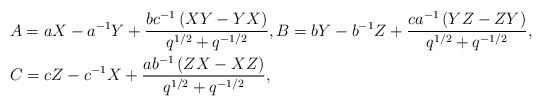
\begin{align*}\begin{aligned} &A=a X-a^{-1} Y+\frac{b c^{-1}\left(XY-YX\right)}{q^{1/2}+q^{-1/2}}, B=b Y-b^{-1}Z+\frac{c a^{-1}\left(YZ-ZY\right)}{q^{1/2}+q^{-1/2}}, \\ &C=c Z-c^{-1}X+\frac{a b^{-1}\left(ZX-XZ\right)}{q^{1/2}+q^{-1/2}}, \end{aligned}\end{align*}